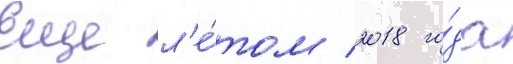
Еще л'е́том 2018 го́да